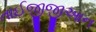
તાઈજીજીઆન